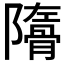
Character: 𩩜